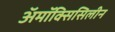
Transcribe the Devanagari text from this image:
अॅमॉक्सिसिलीन